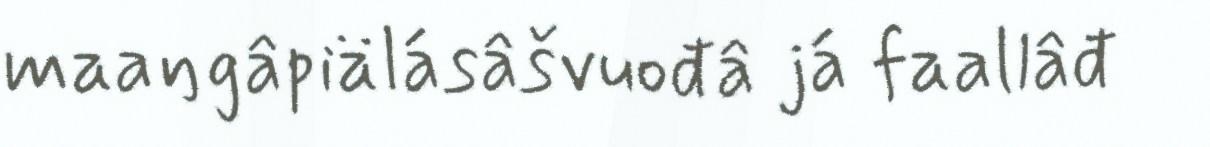
maaŋgâpiälásâšvuođâ já faallâđ